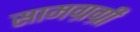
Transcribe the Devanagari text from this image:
सामग्रग्री